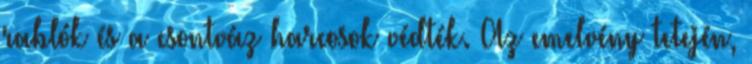
rablók és a csontváz harcosok védték. Az emelvény tetején,